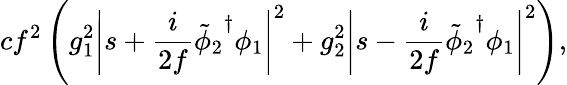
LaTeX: cf^{2}\left(g_{1}^{2}\left|s+{\frac{i}{2f}}{\tilde{\phi}_{2}}^{\dagger}\phi_{1}\right|^{2}+g_{2}^{2}\left|s-{\frac{i}{2f}}{\tilde{\phi}_{2}}^{\dagger}\phi_{1}\right|^{2}\right),